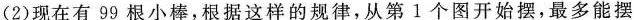
(2)现在有99根小棒，根据这样的规律，从第1个图开始摆，最多能摆